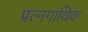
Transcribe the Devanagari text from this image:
प्रत्नगाथिक